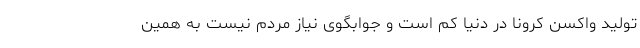
تولید واکسن کرونا در دنیا کم است و جوابگوی نیاز مردم نیست به همین